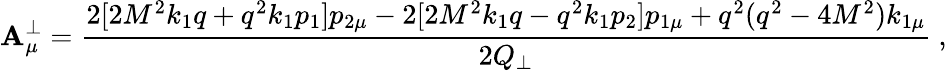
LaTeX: \mathbf{A}_{\mu}^{\bot}=\frac{{2[2M^{2}k_{1}q+q^{2}k_{1}p_{1}]p_{2\mu}-2[2M^{2}k_{1}q-q^{2}k_{1}p_{2}]p_{1\mu}+q^{2}(q^{2}-4M^{2})k_{1\mu}}}{{2Q_{\bot}}}\ ,